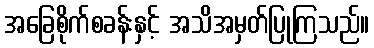
အခြေစိုက်စခန်းနှင့် အသိအမှတ်ပြုကြသည်။